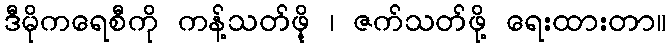
ဒီမိုကရေစီကို ကန့်သတ်ဖိ့ု ၊ ဇက်သတ်ဖို့ ရေးထားတာ။